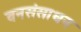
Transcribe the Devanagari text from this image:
वनसंसाधन